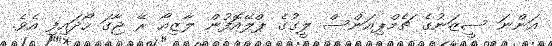
އަންނަ ސީޒަނުގެ ޗެމްޕިއަންސް ލީގުގެ ޕްލޭއޮފުން ލާޒިއޯ ރޭ ޖާގަ ހޯދައިފި އެވެ.